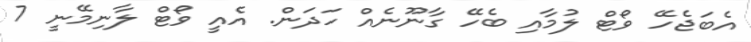
އެބަޖެހޭ ވޯޓް ލުމާއި ބެހޭ ގާނޫނެއް ހަދަން. އެއީ ވޯޓް ލާނިމޭނީ 7